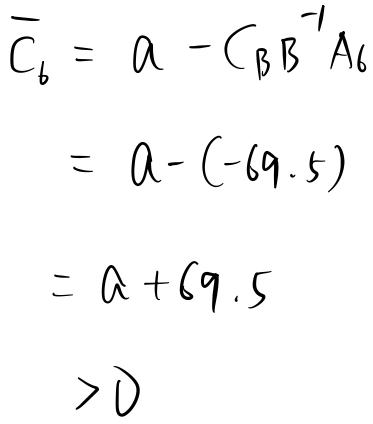
\[
\begin{align*}
\overline{C}_{b}&= a - C_{B}B^{-1}A_{6}\\
&= a-(-69.5)\\
&= a + 69.5\\
&> 0
\end{align*}
\]